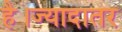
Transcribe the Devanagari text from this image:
है।ज्यादातर